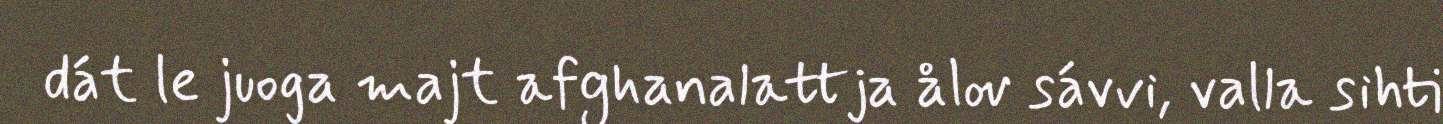
dát le juoga majt afghanalattja ålov sávvi, valla sihti